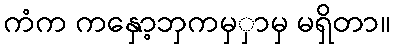
ကံက ကနှော့ဘှကမှှာမှ မရှိတာ။